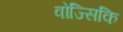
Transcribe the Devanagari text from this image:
वोज्सिकि